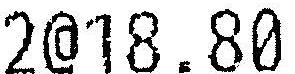
2@18.80